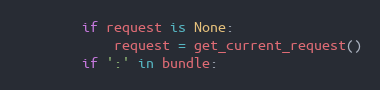
Language: Python
        if request is None:
            request = get_current_request()
        if ':' in bundle: